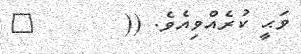
ވަޙީ ކުރެއްވިއެވެ. ((       ٥